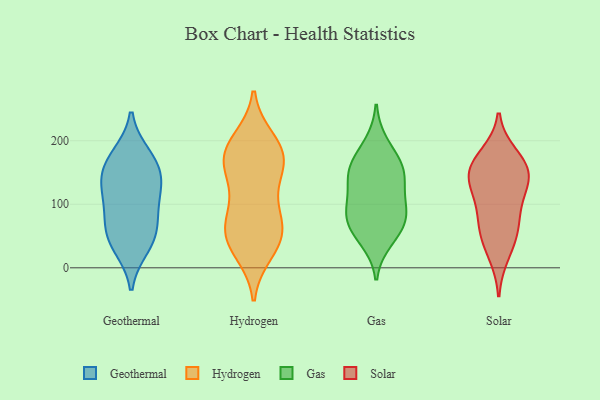
{"axis": {"x": "Headcount", "y": "Value"}, "legend": ["Gas", "Geothermal", "Hydrogen", "Solar"], "data": [{"x": "", "y": 73, "type": "Geothermal"}, {"x": "", "y": 91, "type": "Geothermal"}, {"x": "", "y": 55, "type": "Geothermal"}, {"x": "", "y": 42, "type": "Geothermal"}, {"x": "", "y": 33, "type": "Geothermal"}, {"x": "", "y": 144, "type": "Geothermal"}, {"x": "", "y": 122, "type": "Geothermal"}, {"x": "", "y": 177, "type": "Geothermal"}, {"x": "", "y": 171, "type": "Geothermal"}, {"x": "", "y": 121, "type": "Geothermal"}, {"x": "", "y": 151, "type": "Geothermal"}, {"x": "", "y": 50, "type": "Hydrogen"}, {"x": "", "y": 50, "type": "Hydrogen"}, {"x": "", "y": 26, "type": "Hydrogen"}, {"x": "", "y": 168, "type": "Hydrogen"}, {"x": "", "y": 200, "type": "Hydrogen"}, {"x": "", "y": 177, "type": "Hydrogen"}, {"x": "", "y": 67, "type": "Hydrogen"}, {"x": "", "y": 152, "type": "Hydrogen"}, {"x": "", "y": 176, "type": "Hydrogen"}, {"x": "", "y": 63, "type": "Hydrogen"}, {"x": "", "y": 93, "type": "Hydrogen"}, {"x": "", "y": 38, "type": "Hydrogen"}, {"x": "", "y": 192, "type": "Hydrogen"}, {"x": "", "y": 164, "type": "Hydrogen"}, {"x": "", "y": 113, "type": "Hydrogen"}, {"x": "", "y": 60, "type": "Gas"}, {"x": "", "y": 67, "type": "Gas"}, {"x": "", "y": 164, "type": "Gas"}, {"x": "", "y": 147, "type": "Gas"}, {"x": "", "y": 195, "type": "Gas"}, {"x": "", "y": 148, "type": "Gas"}, {"x": "", "y": 121, "type": "Gas"}, {"x": "", "y": 43, "type": "Gas"}, {"x": "", "y": 86, "type": "Gas"}, {"x": "", "y": 156, "type": "Gas"}, {"x": "", "y": 88, "type": "Gas"}, {"x": "", "y": 94, "type": "Gas"}, {"x": "", "y": 50, "type": "Solar"}, {"x": "", "y": 177, "type": "Solar"}, {"x": "", "y": 96, "type": "Solar"}, {"x": "", "y": 21, "type": "Solar"}, {"x": "", "y": 144, "type": "Solar"}, {"x": "", "y": 166, "type": "Solar"}, {"x": "", "y": 157, "type": "Solar"}, {"x": "", "y": 119, "type": "Solar"}, {"x": "", "y": 145, "type": "Solar"}, {"x": "", "y": 57, "type": "Solar"}, {"x": "", "y": 76, "type": "Solar"}, {"x": "", "y": 139, "type": "Solar"}]}